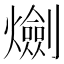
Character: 𤑯